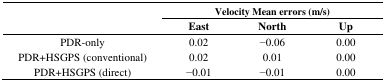
| <ROWSPAN=3>  | <COLSPAN=3> Velocity Mean errors (m/s) |
 | East | North | Up |
 | --- | --- | --- | --- |
 | PDR-only | 0.02 | −0.06 | 0.00 |
 | PDR+HSGPS (conventional) | 0.02 | 0.01 | 0.00 |
 | PDR+HSGPS (direct) | −0.01 | −0.01 | 0.00 |